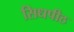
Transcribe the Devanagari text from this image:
सिधपीठ